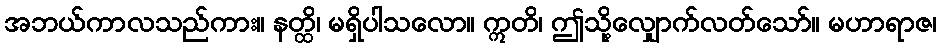
အဘယ်ကာလသည်ကား။ နတ္ထိ၊ မရှိပါသလော။ ဣတိ၊ ဤသို့လျှောက်လတ်သော်။ မဟာရာဇ၊